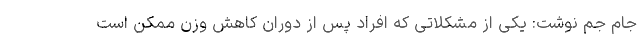
جام جم نوشت: یکی از مشکلاتی که افراد پس از دوران کاهش وزن ممکن است